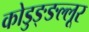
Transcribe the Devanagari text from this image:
कोडुङ्ङल्लूर